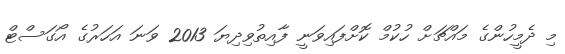
މި ދެމީހުންގެ މައްޗަށް ހުކުމް ކޮށްފައިވަނީ ފާއިތުވިދިޔަ 2013 ވަނަ އަހަރުގެ އޯގަސްޓް